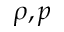
\rho , p